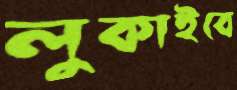
লুকাইবে